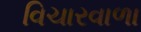
વિચારવાળા